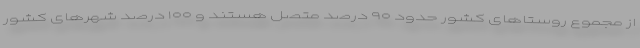
از مجموع روستاهای کشور حدود ۹۰ درصد متصل هستند و ۱۰۰ درصد شهرهای کشور